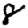
Digit: 8